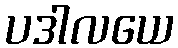
ပဒါလယေ